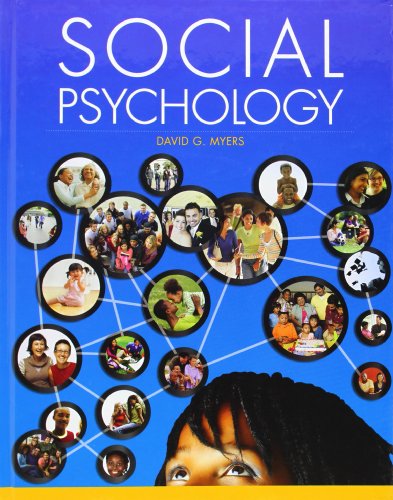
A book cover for Social Psychology; David Myers; Medical Books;